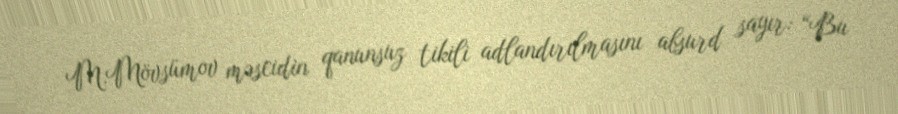
M.Mövsümov məscidin qanunsuz tikili adlandırılmasını absurd sayır: “Bu